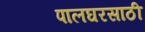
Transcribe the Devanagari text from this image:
पालघरसाठी